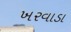
ખરવાડા